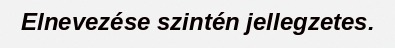
Elnevezése szintén jellegzetes.